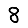
Digit: 8